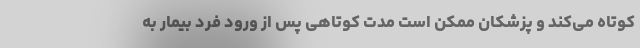
کوتاه می‌کند و پزشکان ممکن است مدت کوتاهی پس از ورود فرد بیمار به